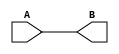
module transmission_gate_delay (
  input wire A,
  output wire B
);

assign B = A;

endmodule